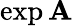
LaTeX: \exp{\mathbf{A}}